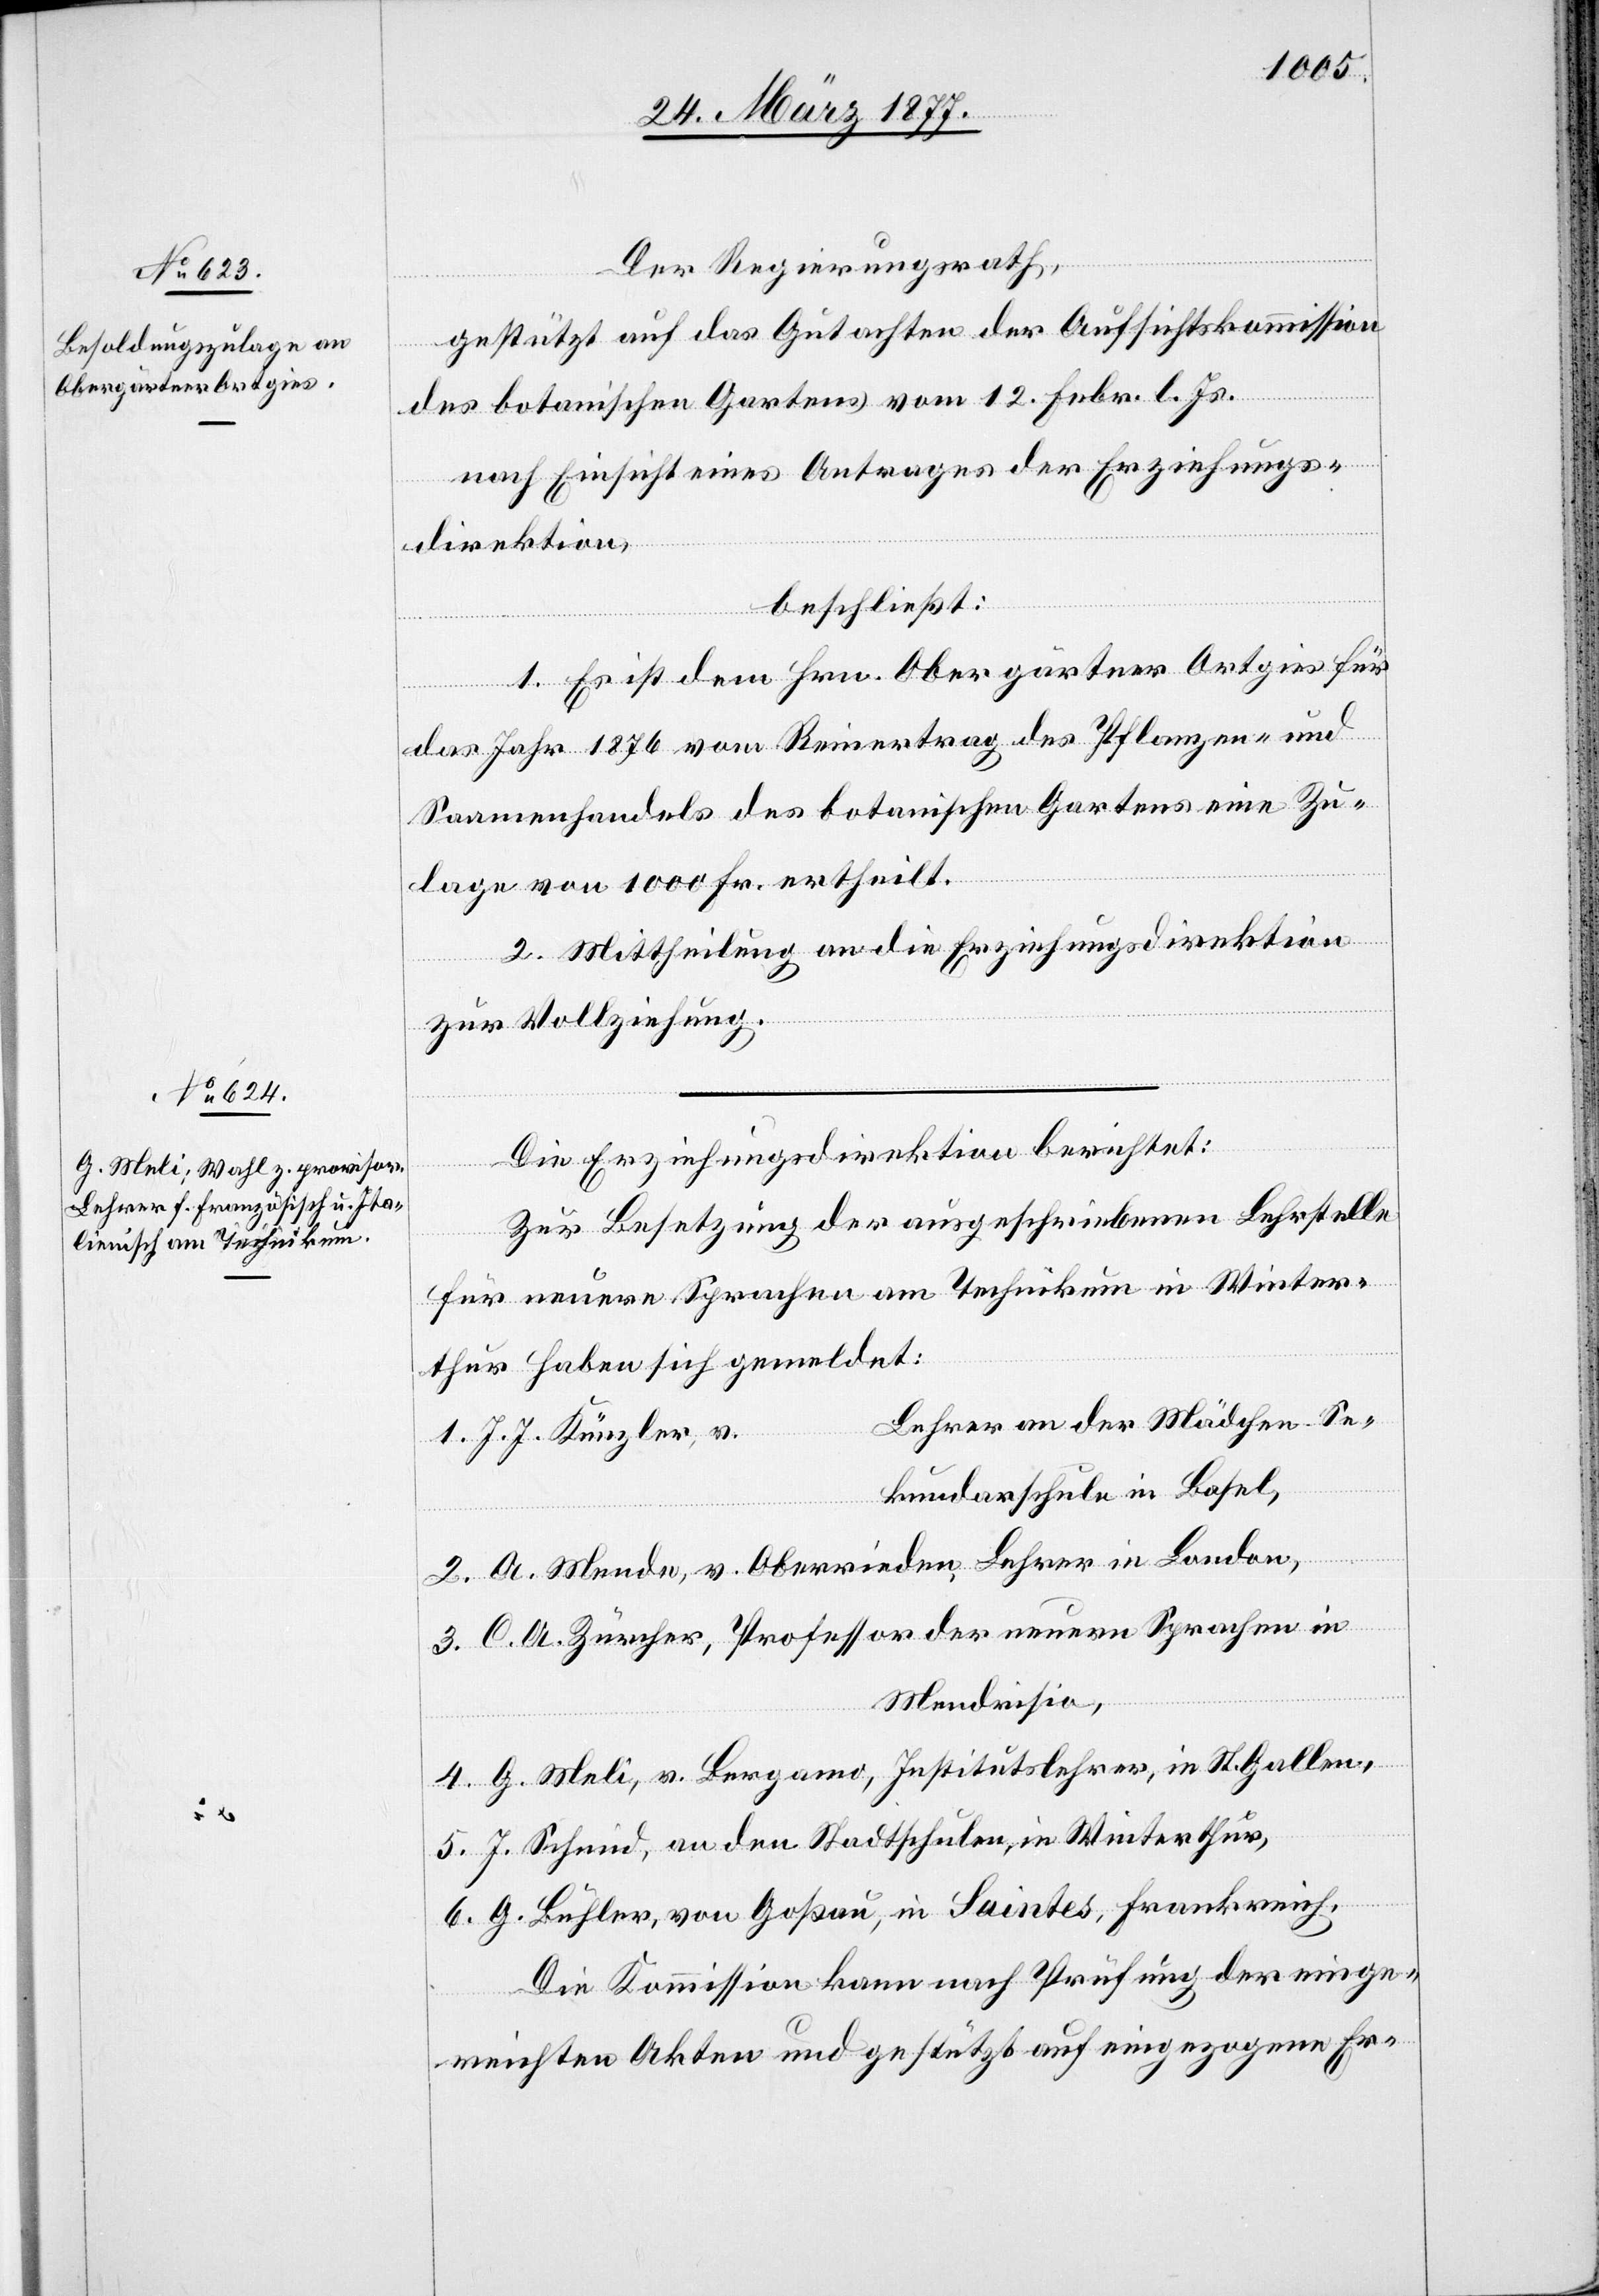
Der Regierungsrath,
gestützt auf das Gutachten der Aufsichtskommission
des botanischen Gartens vom 12. Febr. l. Js.,
nach Einsicht eines Antrages der Erziehungs¬
direktion,
...
beschließt:
1. Es ist dem Hrn. Obergärtner Ortgies für
das Jahr 1876 vom Reinertrag des Pflanzen- und
Saamenhandels des botanischen Gartens eine Zu¬
lage von 1000 Frk. ertheilt.
2. Mittheilung an die Erziehungsdirektion
zur Vollziehung.
Die Erziehungsdirektion berichtet:
Zur Besetzung der ausgeschriebenen Lehrstelle
für neuere Sprachen am Technikum in Winter¬
thur haben sich gemeldet:
Lehrer an der Mädchen-Se¬
1. J. J. Künzler, v.
kundarschule in Basel,
2. A. Mende, v. Oberrieden, Lehrer in London,
3. C. A. Zürcher, Professor der neuern Sprachen in
Mendrisio,
4. G. Meli, v. Bergamo, Institutslehrer, in St. Gallen,
5. J. Schmid, an den Stadtschulen, in Winterthur,
6. G. Bühler, von Goßau, in Saintes, Frankreich.
Die Kommission kann nach Prüfung der einge¬
reichten Akten und gestützt auf eingezogene Er-